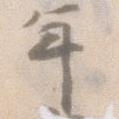
年